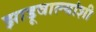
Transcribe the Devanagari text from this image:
झाडूवाल्यांशी